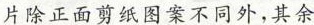
片除正面剪纸图案不同外，其余